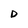
Character: D